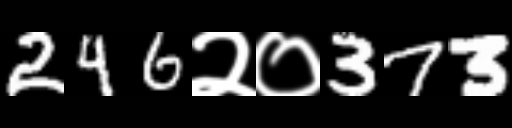
Text: 246२०373